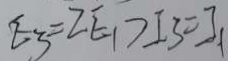
E _ { 3 } = 2 E _ { 1 } > I _ { 3 } = I _ { 1 }